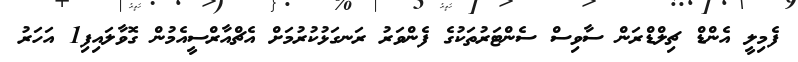
ފެމިލީ އެންޑް ޗިލްޑްރަން ސާވިސް ސެންޓަރުތަކުގެ ފެންވަރު ރަނގަޅުކުރުމަށް އެޗްއާރްސީއެމުން ގޮވާލައިފި1 އަހަރު